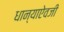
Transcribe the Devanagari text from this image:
धान्याऐवजी